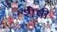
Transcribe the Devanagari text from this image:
शेषी